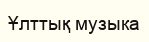
Ұлттық музыка